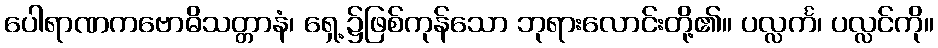
ပေါရာဏကဗောဓိသတ္တာနံ၊ ရှေ့၌ဖြစ်ကုန်သော ဘုရားလောင်းတို့၏။ ပလ္လင်္က၊ ပလ္လင်ကို။